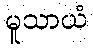
မူသာယံ